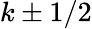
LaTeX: k\pm 1/2